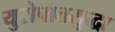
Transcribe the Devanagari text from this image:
युरोपातसुद्धा